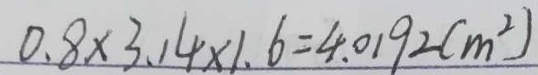
0 . 8 \times 3 . 1 4 \times 1 . 6 = 4 . 0 1 9 2 ( m ^ { 2 } )